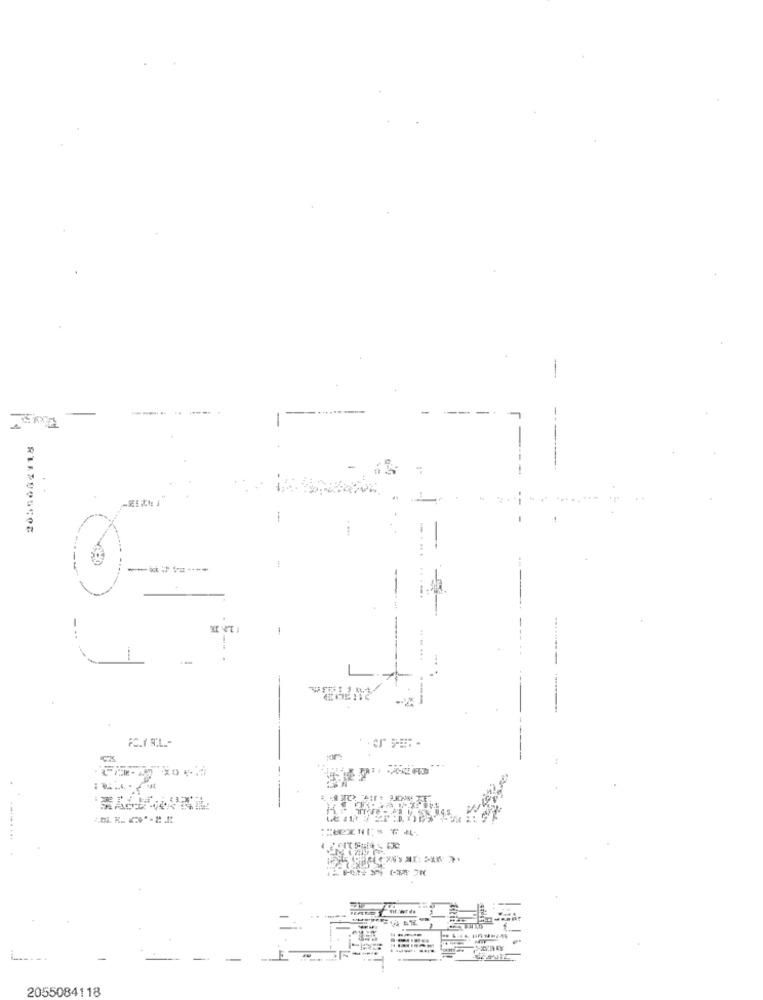
..
-
- .
--
. ...
-
-..
-
----
2055084118